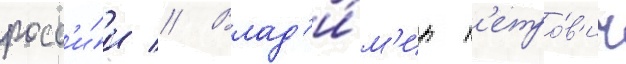
росс'и́и // Влад'и́м'ир п'етро́в'ич